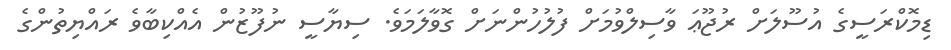
ޑިމޮކްރަސީގެ އުސޫލަށް ރުޖޫޢަ ވާސިލްވުމަށް ފުލުހުންނަށް ގޮވާލަމަވެ. ސިޔާސީ ނުފޫޒުން އެއްކިބާވެ ރައްޔިތުންގެ